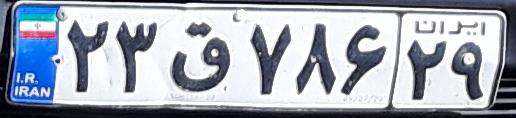
۲۳ق۷۸۶۲۹